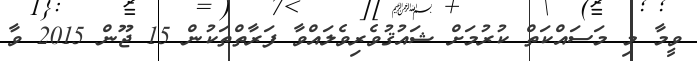
ވީމާ މި މަސައްކަތް ކުރުމަށް ޝައުޤުވެރިވެލައްވާ ފަރާތްތަކުން 15 ޖޫން 2015 ވާ